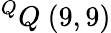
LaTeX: ^{Q}Q\ (9,9)